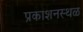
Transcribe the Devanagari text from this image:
प्रकाशनस्थळ